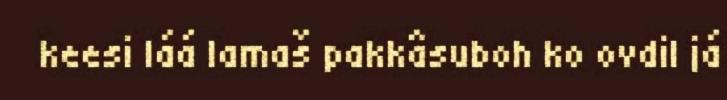
keesi láá lamaš pakkâsuboh ko ovdil já